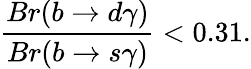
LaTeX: {\frac{Br(b\rightarrow d\gamma)}{Br(b\rightarrow s\gamma)}}<0.31.